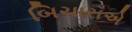
બિચારાએ